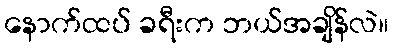
နောက်ထပ် ခရီးက ဘယ်အချိန်လဲ။